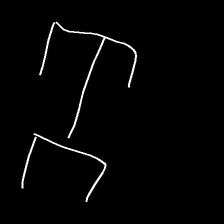
Glyph: entwine